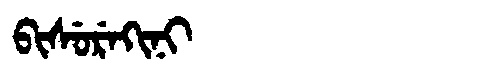
Manchu: ᠪᡳᠰᡠᡵᡝᡴᡳᠨᡳ
Romanization: BISUREKINI